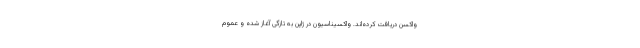
واکسن دریافت کرده‌اند. واکسیناسیون در ژاپن به تازگی آغاز شده و عموم